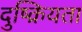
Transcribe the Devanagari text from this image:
दुष्क्रियता